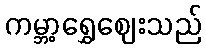
ကမ္ဘာ့ရွှေဈေးသည်